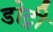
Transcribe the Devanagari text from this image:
डोट्री